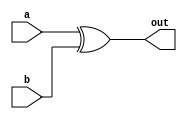
module xor_gate_delay (
    input wire a,
    input wire b,
    output reg out
);

reg delayed_out;

// Delay block
always @ (posedge clk) begin
    delayed_out <= out;
end

// XOR gate
assign out = a ^ b;

endmodule